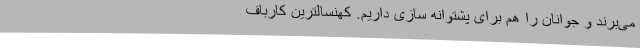
می‌برند و جوانان را هم برای پشتوانه سازی داریم. کهنسالترین کارباف